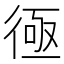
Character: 𢔔